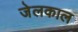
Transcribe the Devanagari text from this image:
जेलकाल